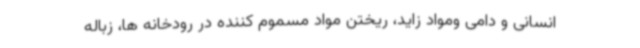
انسانی و دامی ومواد زاید، ریختن مواد مسموم کننده در رودخانه ها، زباله